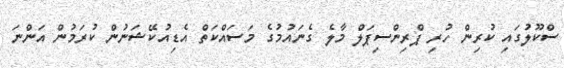
ސްކޫލުގައި ކުރިން ހުރި ޕްރިންސިޕަލް މާލެ ގެނައުމުގެ މަސައްކަތް އެޑިއުކޭޝަނުން ކުރަމުން އަންނަ